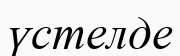
үстелде